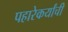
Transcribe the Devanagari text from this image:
पहारेकर्यांची